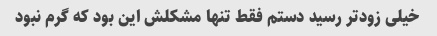
خیلی زودتر رسید دستم فقط تنها مشکلش این بود که گرم نبود